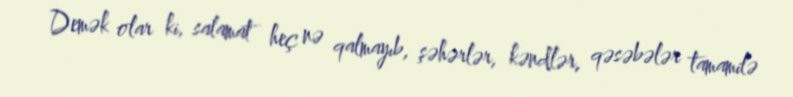
Demək olar ki, salamat heç nə qalmayıb, şəhərlər, kəndlər, qəsəbələr tamamilə